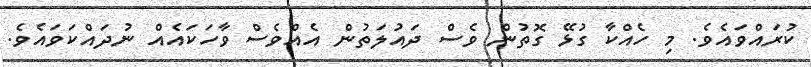
ކުރައްވައެވެ. މި ހެއްކާ ގުޅޭ ގޮތުން ވެސް ދައުލަތުން އެއްވެސް ވާހަކައެއް ނުދައްކަވައެވެ.